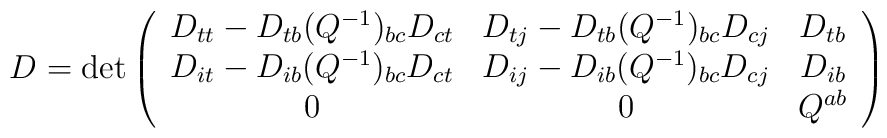
D=\det\left(\begin{array}{ccc}D_{tt}-D_{tb}(Q^{-1})_{bc} D_{ct} &D_{tj}-D_{tb}(Q^{-1})_{bc}D_{cj} & D_{tb} \\D_{it}-D_{ib}(Q^{-1})_{bc}D_{ct} &D_{ij}-D_{ib}(Q^{-1})_{bc}D_{cj} & D_{ib} \\0 & 0 & Q^{ab} \\ \end{array}\right)